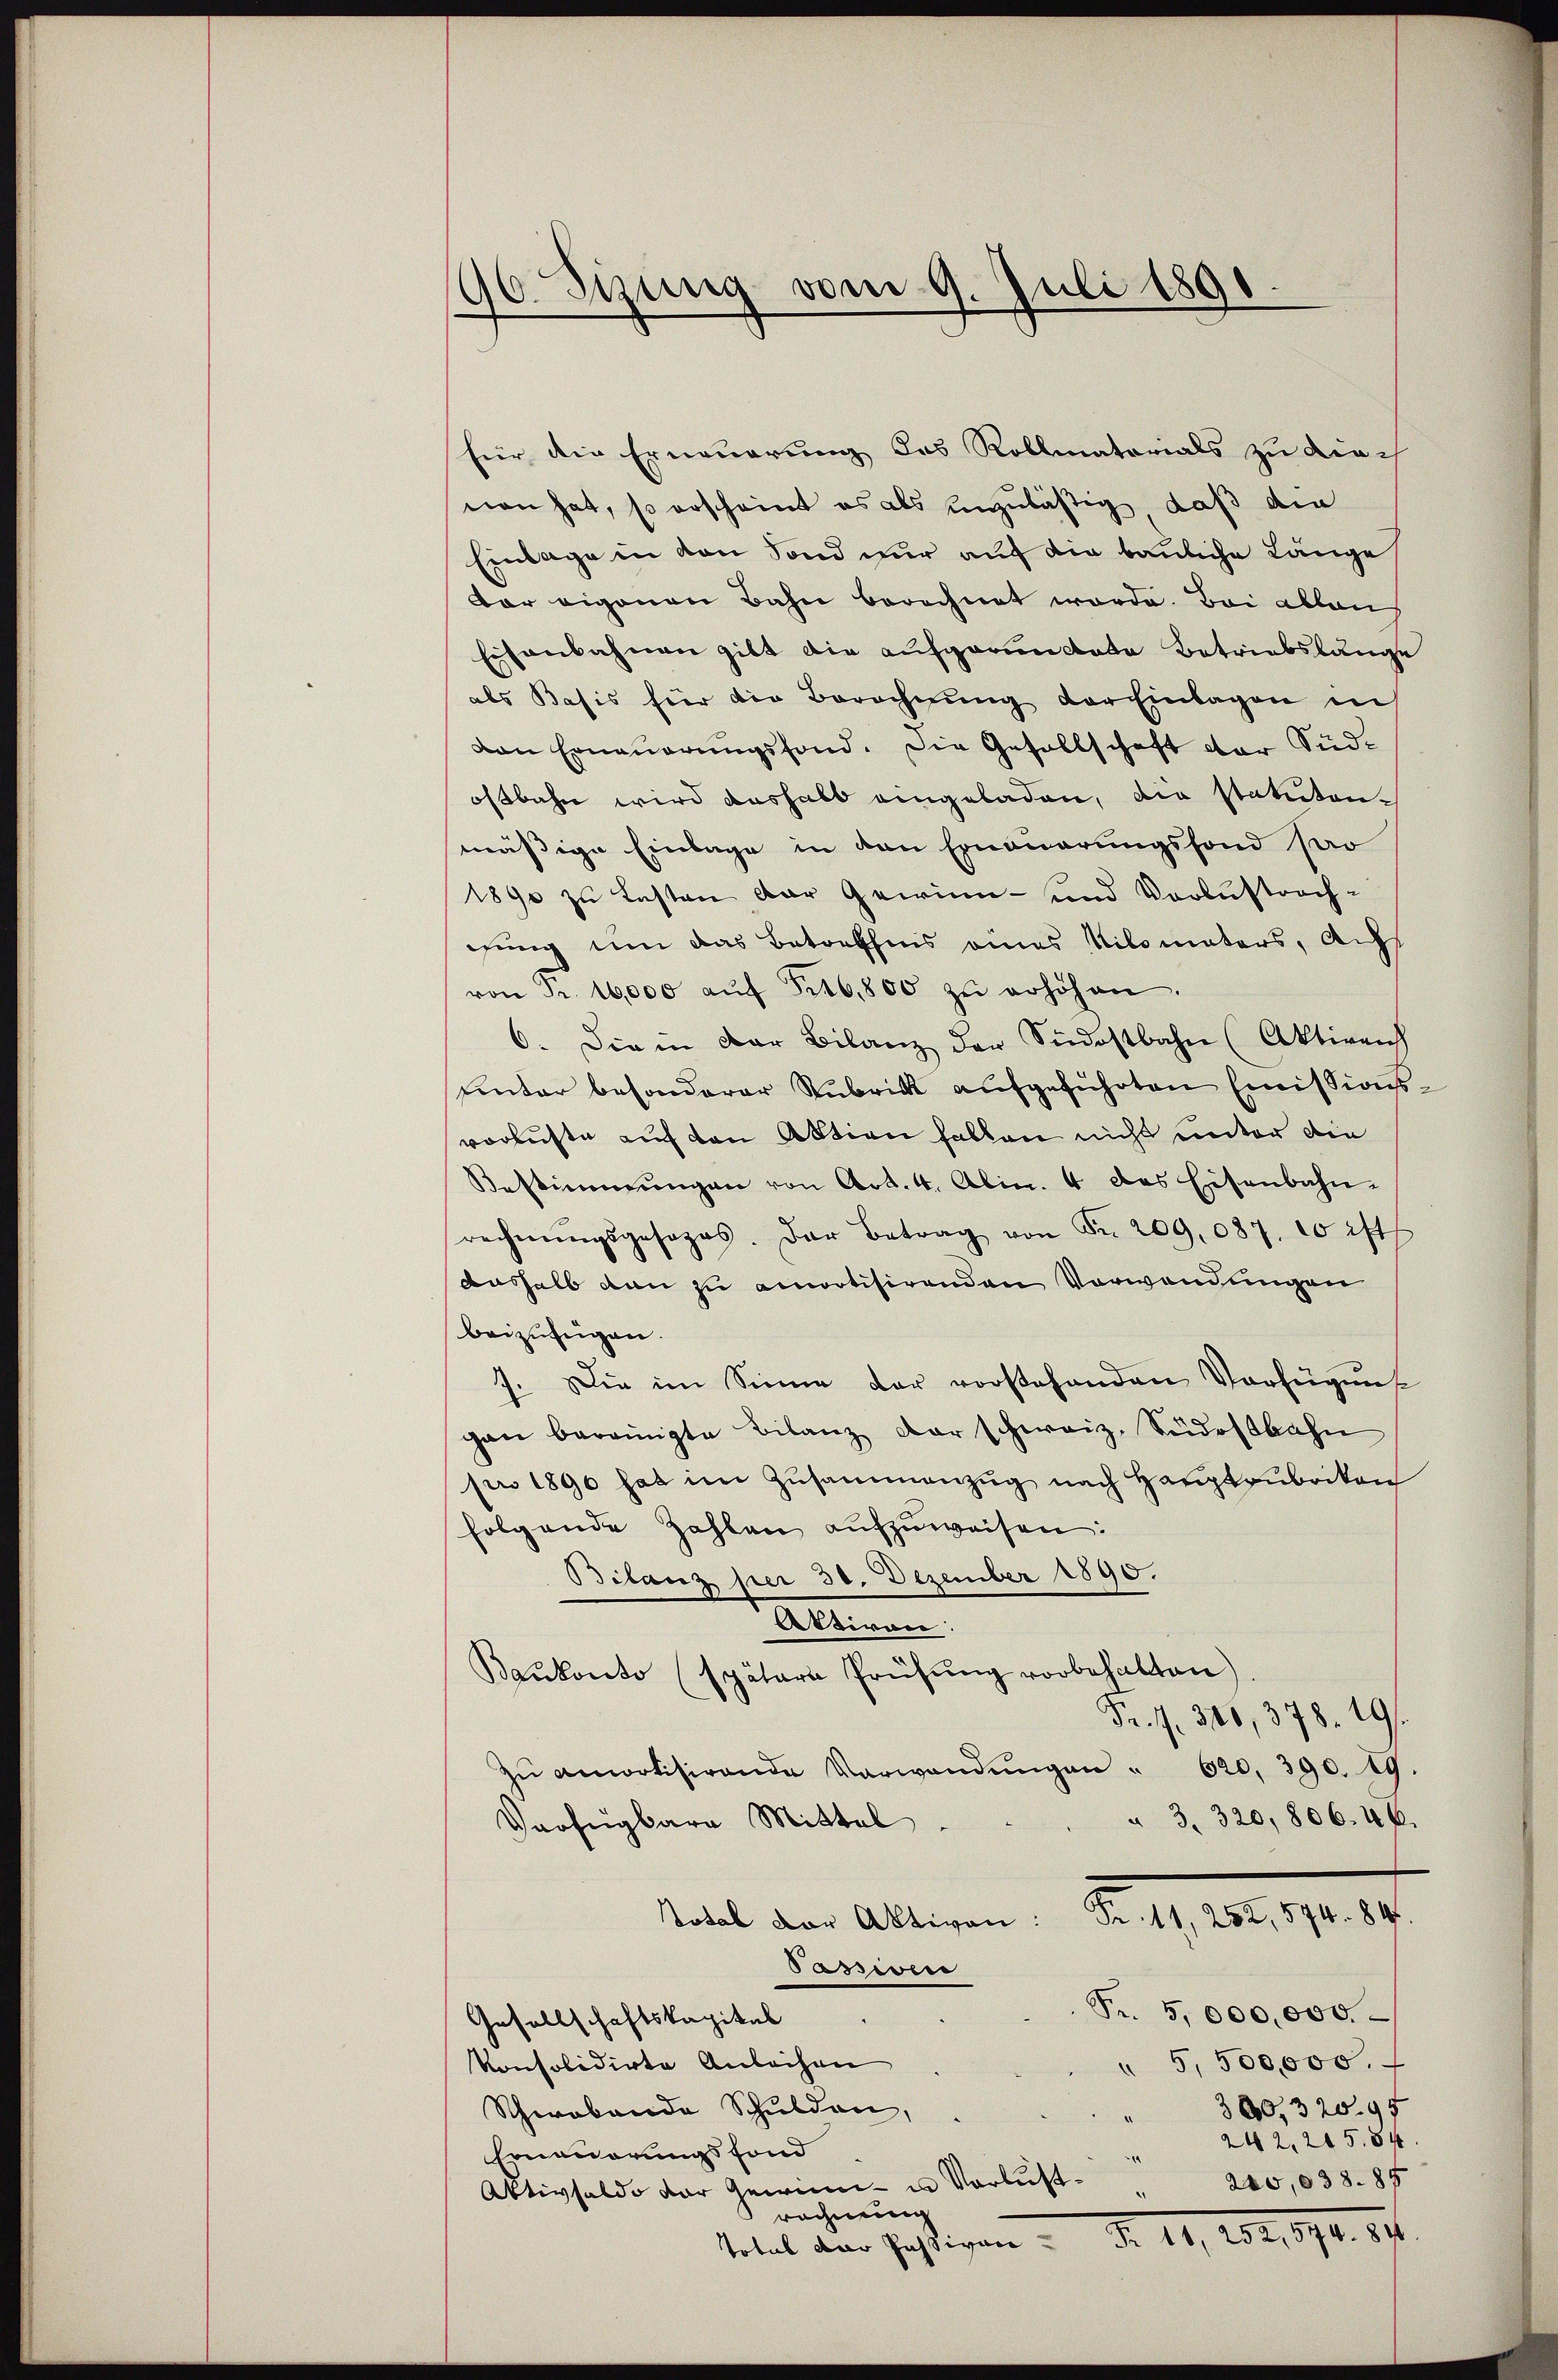
90 Sizung vom 9. Juli 1890
.

für die Erneuerung des Rollmatorials zu durch
non hat, so erscheint es als einzuläßig, daß die
Einlage in von Fond nur auf die bauliche Länge
dar eigenen Bahn berechnet worde. Bei ablan
Eisenbahnen gibt die aufgarandate Betriebslänge
als Basis hier die Berechnŭng der Einlagen in
ven Ernaŭerŭngsfond. Die Gesellschaft der Süd-
ostbahn wird aushalb eingeladen, die statutenmäßige Einlage in den Erneuerungsfond Pao
1890 zu Lasten der Gewinn- und Verlustrachgung um das Betreffens eines Nilomaters, Aufs
von Fr. 10,000 aŭf Frt6,800 zŭ erhöhen.
6. Die in der Bilanz der Südostbahn (Aktiven
uinter besonderer Rubrick aufgeführten Emissions-
verluste auf den Aktion halten nicht unter die
Bestimmungen von Art. 4. Abin. 4 des Eisenbahn-
rechnŭngsgesages. Der Betrag von Fr. 209,087. 10 ift
aushalb den zu amotisirenden Vorwendungen
beizufügen.
7. Die im Sinne der vorstehenden Verfügung
gau bereinigte Bilanz der schweiz. Südostbahn
pro 1890 hat im Zusammenzug nach Hauptrubriken
folgende Zahlen aufzuweisen:
Bilanz per 30. Dezember 1890.
Attiren:
Baŭkonto (spätere Prüfŭng vorbehalten)
Fr. 1. 306, 378. 191.
Zŭ amortisirende Verwandŭngen " 620, 390. 19.
" 3. 320, 806. 4 f.
Verfügbara Mittel
talt der Alteren. Berg von 1798. 17
Pasiven
Fr. 5,000,000
Gesellschaftskapital
konsolidirte Anleihen
 5,500,000. f
300, 320.94
Schwabende Schulden,
242, 215.84
Erneuerungsfond
Aktivsaldo der Gewinn- u Verlust 240, 838. 87
rechnung
total der Justigen d. 11, 201, 194. 87.